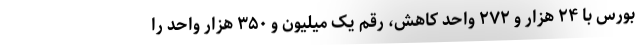
بورس با ۲۴ هزار و ۲۷۲ واحد کاهش، رقم یک میلیون و ۳۵۰ هزار واحد را